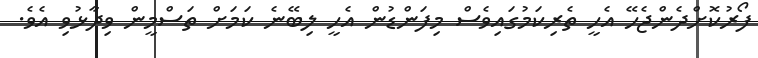
ފޯރުކޮށްދެންޖެހޭ އެހީ ތެރިކަމުގައިވެސް މިފަންޑުން އެހީ ލިބޭނެ ކަމަށް ތަސްމީން ވިދާޅުވި އެވެ.